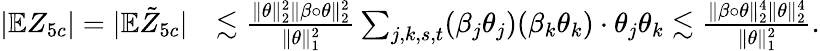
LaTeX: \begin{array}{rl}{|\mathbb{E}Z_{5c}|=|\mathbb{E}\tilde{Z}_{5c}|}&{\lesssim\frac{\| \theta\| _{2}^{2}\| \beta\circ\theta\| _{2}^{2}}{\| \theta\| _{1}^{2}}\sum_{j,k,s,t}(\beta_{j}\theta_{j})(\beta_{k}\theta_{k})\cdot\theta_{j}\theta_{k}\lesssim\frac{\| \beta\circ\theta\| _{2}^{4}\| \theta\| _{2}^{4}}{\| \theta\| _{1}^{2}}.}\end{array}